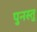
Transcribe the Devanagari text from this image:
पुनस्तु